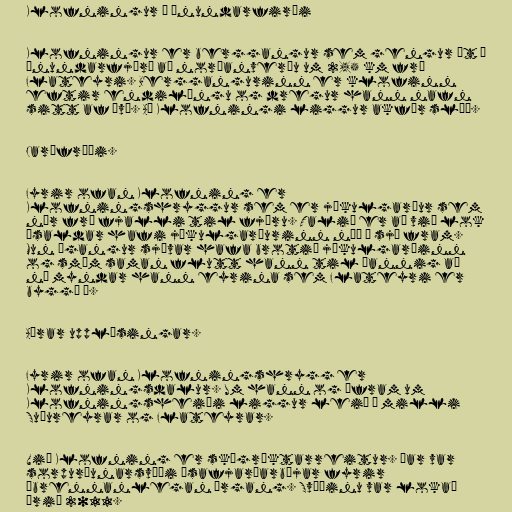
Klofningur í Önundarfirði

Klofningur er berggangur sem gengur út í
Önundarfjörð að norðanverðu um 2,5 km frá
Flateyri. Berggangurinn er klofinn
eftir endilöngu og dregur hann nafn
sitt af því. Að Klofningi liggur akfær slóð.

Jarðfræði.

Fyrir ofan Klofning er
Klofningshryggur sem er jökulgarður sem
nær frá fjalli til fjöru. Talið er að við lok
ísaldar hafi jökulgarðurinn náð í sjó fram.
Mun ágangur sjávar hafa brotið jökulgarðinn
og smám saman flutt hann til þannig að
nú myndar hann eyrina sem Flateyri er
byggð á.

Aðrar upplýsingar.

Fyrir ofan Klofningshrygg er
Klofningsdalur. Um hann og áfram um
Klofningsheiði liggur leið á milli
Suðureyrar og Flateyrar.

Við Klofning er skógræktarreitur. Þar var
sorpurðunarsvæði Ísafjarðarbæjar fyrir
óbrennanlegan úrgang. Svæðinu var lokað
árið 2011.